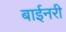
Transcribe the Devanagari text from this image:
बाईनरी